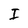
Character: I